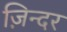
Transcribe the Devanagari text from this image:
ज़िन्दर